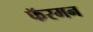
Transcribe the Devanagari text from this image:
फॅरमन